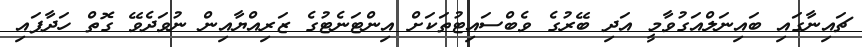
ޗައިނާގައި ބައިނަލްއަގުވާމީ އަދި ބޭރުގެ ވެބްސައިޓުތަކަށް އިންޓަނެޓުގެ ޒަރިއްޔާއިން ނުވަދެވޭ ގޮތް ހަދާފައި